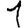
Digit: 1